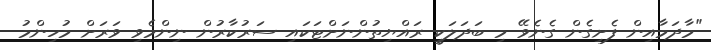
"މާދަމާއިން ފެށިގެން ގެނެވޭ މި ބަދަލަކީ ރައްޔިތުންނަށްޓަކައި ސަރުކާރުން ނިންމެވި ވަރަށް މުހިންމު